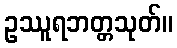
ဥဿူရဘတ္တသုတ်။